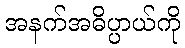
အနက်အဓိပ္ပာယ်ကို